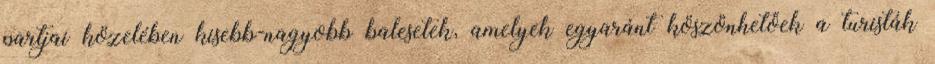
partjai közelében kisebb-nagyobb balesetek, amelyek egyaránt köszönhetőek a turisták